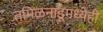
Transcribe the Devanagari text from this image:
तमिळनाडूमध्येही